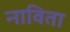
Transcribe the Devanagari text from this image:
नाविता